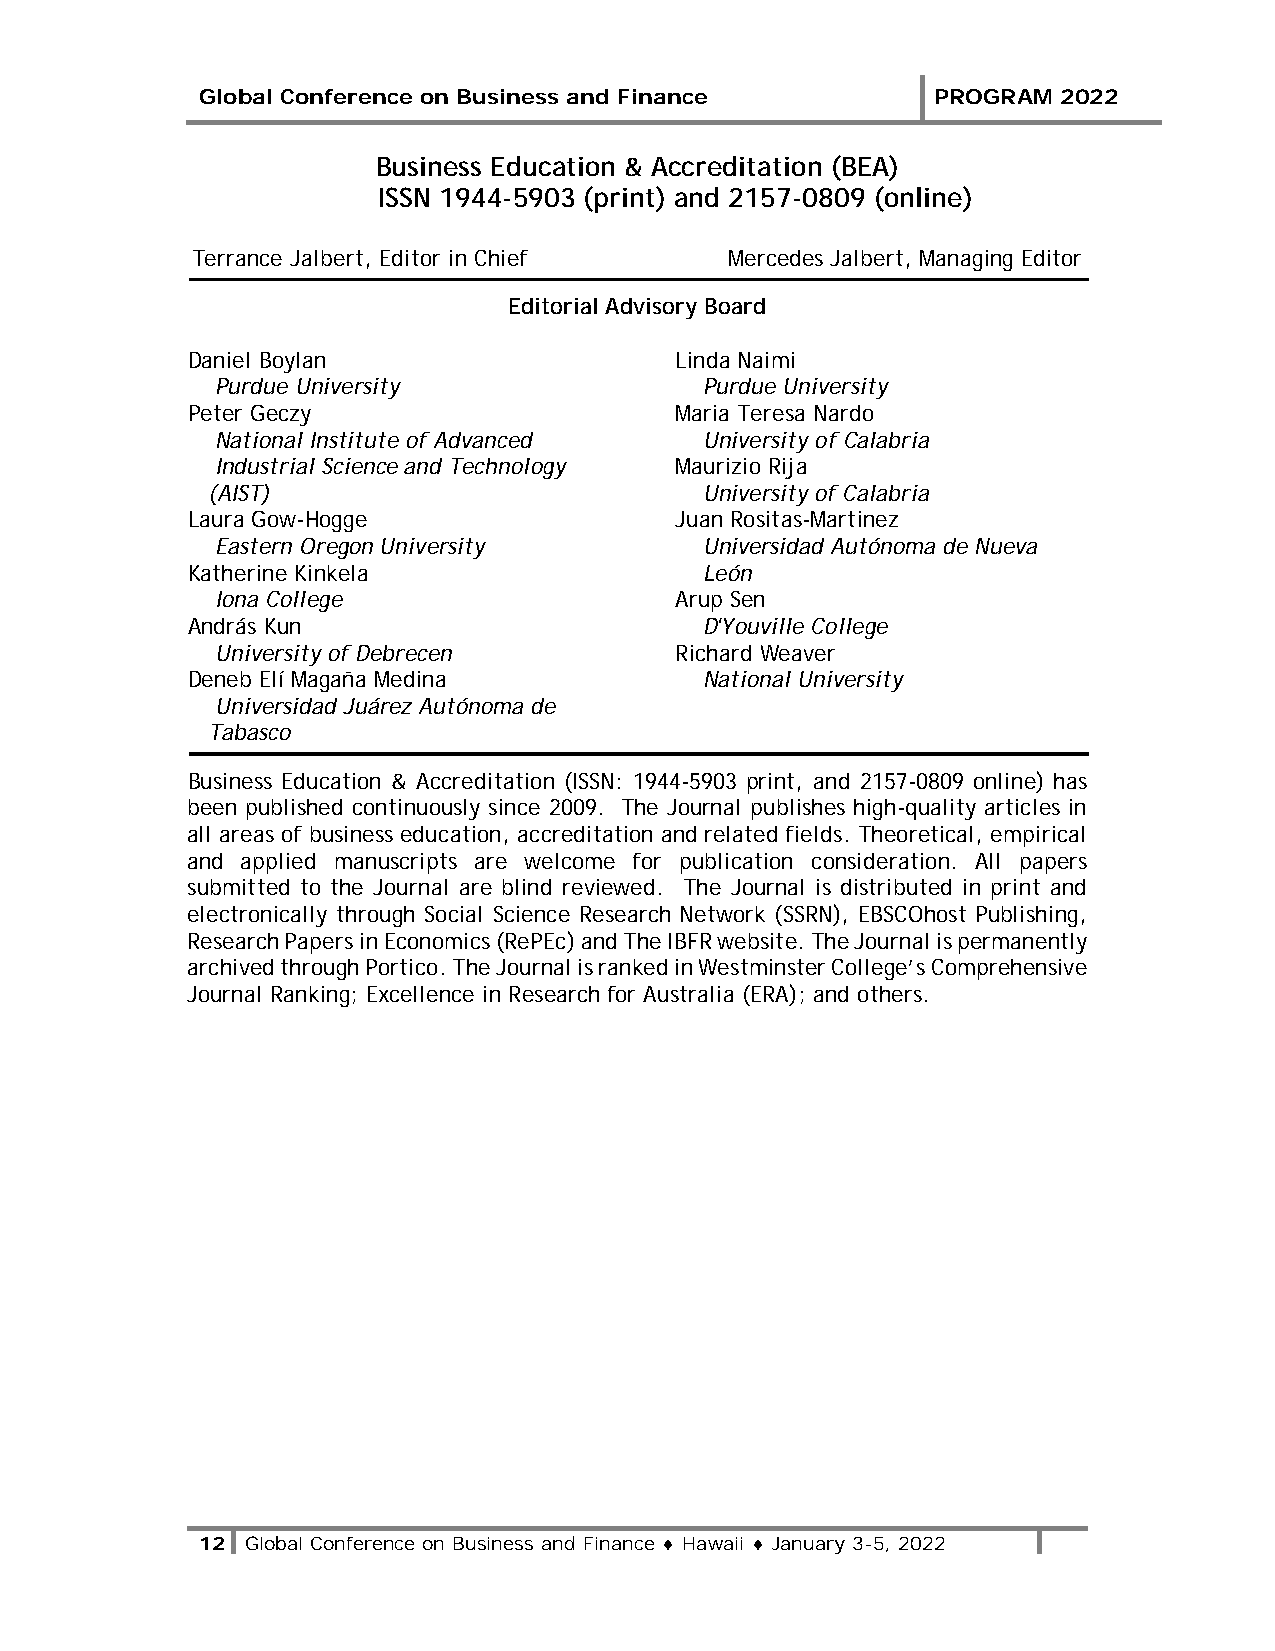
Global Conference on Business and Finance        PROGRAM 2022
 Business Education & Accreditation (BEA)
 ISSN 1944-5903 (print) and 2157-0809 (online)
 Terrance Jalbert, Editor in Chief  Mercedes Jalbert, Managing Editor
 Editorial Advisory Board
 Daniel Boylan                    Linda Naimi
 Purdue University                Purdue University
 Peter Geczy                      Maria Teresa Nardo
 National Institute of Advanced   University of Calabria
 Industrial Science and Technology Maurizio Rija
 (AIST)                           University of Calabria
 Laura Gow-Hogge                  Juan Rositas-Martinez
 Eastern Oregon University        Universidad Autónoma de Nueva
 Katherine Kinkela                  León
 Iona College                   Arup Sen
 András Kun                         D'Youville College
 University of Debrecen         Richard Weaver
 Deneb Elí Magaña Medina            National University
 Universidad Juárez Autónoma de
 Tabasco
 Business Education & Accreditation (ISSN: 1944-5903 print, and 2157-0809 online) has
 been published continuously since 2009. The Journal publishes high-quality articles in
 all areas of business education, accreditation and related fields. Theoretical, empirical
 and applied manuscripts are welcome for publication consideration. All papers
 submitted to the Journal are blind reviewed. The Journal is distributed in print and
 electronically through Social Science Research Network (SSRN), EBSCOhost Publishing,
 Research Papers in Economics (RePEc) and The IBFR website. The Journal is permanently
 archived through Portico. The Journal is ranked in Westminster College’s Comprehensive
 Journal Ranking; Excellence in Research for Australia (ERA); and others.
 12 Global Conference on Business and Finance ♦ Hawaii ♦ January 3-5, 2022